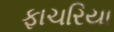
ફાચરિયા